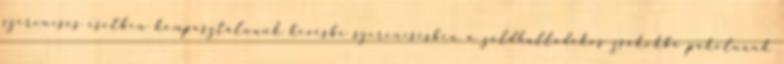
szerencsés esetben komposztálnunk kevésbé szerencsésben a zöldhulladékos zsákokba pakolnunk